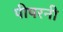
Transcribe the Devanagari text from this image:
पीपरनी